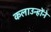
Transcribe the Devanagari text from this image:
कलाउन्होंने